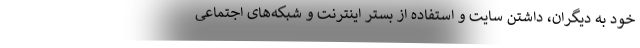
خود به دیگران، داشتن سایت و استفاده از بستر اینترنت و شبکه‌های اجتماعی